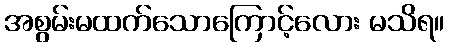
အစွမ်းမထက်သောကြောင့်လေား မသိရ။